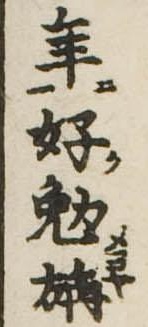
年好勉旃